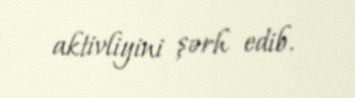
aktivliyini şərh edib.